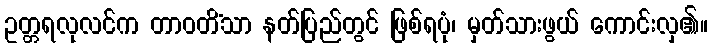
ဥတ္တရလုလင်က တာဝတိံသာ နတ်ပြည်တွင် ဖြစ်ရပုံ၊ မှတ်သားဖွယ် ကောင်းလှ၏။